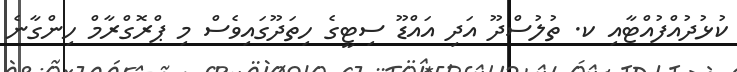
ކުޅުދުއްފުއްޓާއި ކ. ތުލުސްދޫ އަދި އައްޑޫ ސިޓީގެ ހިތަދޫގައިވެސް މި ޕްރޮގްރާމް ހިންގާނެ